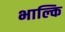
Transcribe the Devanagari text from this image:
भाल्कि